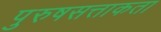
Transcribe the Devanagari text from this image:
पुरुषसत्ताकता